King Institute of Preventive Medicine Bacteriolog. Section reports 1907-08
Year: 1907
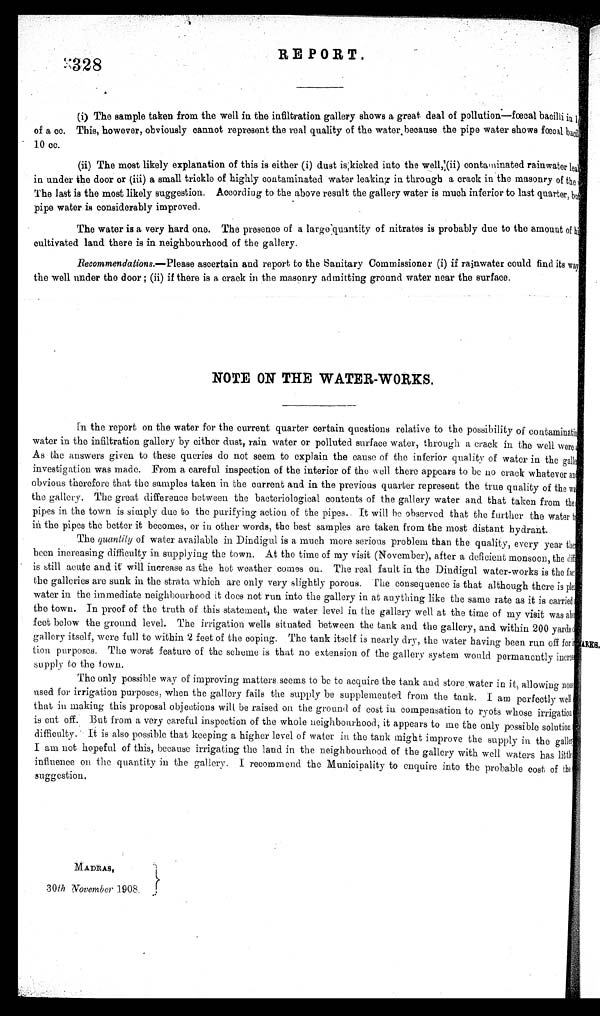
328
REPORT.
(i) The sample taken from the well in the infiltration gallery shows a great deal of pollution—fœcal bacilli Ain
of a cc. This, however, obviously cannot represent the real quality of the water because the pipe water shows fœcal back
10 cc.
(ii) The most likely explanation of this is either (i) dust is,kicked into the well,(ii) contaminated rainwater le
in under the door or (iii) a small trickle of highly contaminated water leaking in through a crack in the masonry of the
The last is the most likely suggestion. According to the above result the gallery water is much inferior to last quarter,b
pipe water is considerably improved.
The water is a very hard one. The presence of a large quantity of nitrates is probably due to the amount of
cultivated land there is in neighbourhood of the gallery.
.Recommendations.—Please ascertain and report to the Sanitary Commissioner (i) if rainwater could find its Iv
the well under the door ; (ii) if there is a crack in the masonry admitting ground water near the surface.
NOTE ON THE WATER-WORKS.
In the report on the water for the current quarter certain questions relative to the possibility of contaminatin
water in the infiltration gallery by either dust, rain water or pollute surface water, through a crack in the well were
As the answers given to these queries do not seem to explain the cause of the inferior quality of water in the gall(
investiation was made. From a careful inspection of the interior of the well there appears to be no crack whatever an
obvious therefore that the samples taken in the current and in the previous quarter represent the true quality of the WI
the gallery. The great difference between the bacteriological contents of the gallery water and that taken from the
pipes in the town is simply clue to the purifying action of the pipes. It will he observed that the further the water
in the pipes the better it becomes, or in other words, the best samples are taken from the most distant hydrant.
The quantity of water available in Dindigul is a much more serious problem than the quality, every year the
been increasing difficulty in supplying the town. At the time of my visit (November), after a deficient monsoon, the elf
is still acute and. it w ill increase as the hot weather comes on. The real fault in the Dindigul water-works is the fac
the galleries are sunk in the strata which are only very slightly porous. The consequence is that although there is ple
water in the immediate neighbourhood it does not run into the gallery in at anything like the same rate as it is carried
the town. in proof of the truth of this statement, the water level in the gallery well at the time of my visit was al
feet below the ground level. The irrigation wells situated between the tank and the gallery, and within 200 yards d
gallery itself, were full to within 2 feet of the coping. The tank itself is nearly dry, the water having been run off fora
Lion purposes. The worst feature of the scheme is that no extension of the gallery system would permanently lncrease
supply to the town.
The only possible way of improving matters seems to be to acquire the tank and store water in it, allowing
used for irrigation purposes, when the gallery fails the supply be supplemented 'from the tank. I am perfectly well
that in making this proposal objections will be raised on the ground of cost in compeasation to ryots whose irrigation
is cut off. But from a very careful inspection of the whole neighbourhood, it appears to cue the only possible solution.
difficulty. it is also possible that keeping a higher level of water in the tank might improve the supply in the galler
I am not hopeful of this, because irrigating the land in the neighbourhood of the gallery with well waters has little
influence on the quantity in the gallery. I recommend the Municipality to enquire into the probable cost of the
suggestion.
MADItAS,
30/h November 1908.